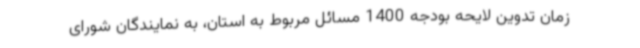
زمان تدوین لایحه بودجه 1400 مسائل مربوط به استان، به نمایندگان شورای